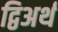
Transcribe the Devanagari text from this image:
द्विअर्थ